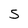
Character: S